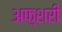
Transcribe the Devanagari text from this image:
अफ़्शरी